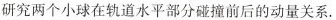
研究两个小球在轨道水平部分碰撞前后的动量关系.